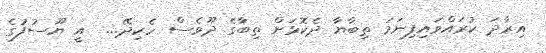
އިިރާދަ ކުރައްވައިފިނަމަ ތިބާޔާ ދެކޮޅަށް ތިބާގެ ދޫވެސް ހެކިދޭ...  އީ ޔޫސުފުގެ